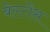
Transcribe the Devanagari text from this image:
बेल्टोंस